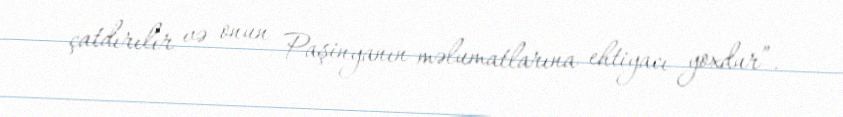
çatdırılır və onun Paşinyanın məlumatlarına ehtiyacı yoxdur”.